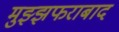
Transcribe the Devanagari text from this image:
मुझ्झफराबाद